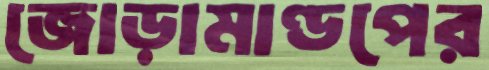
জোড়ামাণ্ডপের